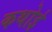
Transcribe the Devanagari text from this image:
कथोई